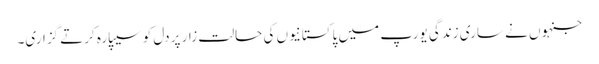
جنہوں نے ساری زندگی یورپ میں پاکستانیوں کی حالتِ زار پر دل کو سیپارہ کرتے گزاری۔